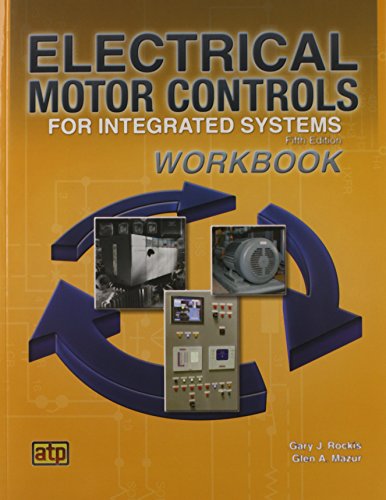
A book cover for Electrical Motor Controls for Integrated Systems Workbook; Gary Rockis; Science & Math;